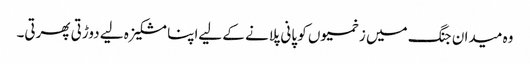
وہ میدان جنگ میں زخمیوں کو پانی پلانے کے لیےاپنا مشکیزہ لیے دوڑتی پھرتی۔